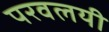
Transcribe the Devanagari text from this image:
परवलयी